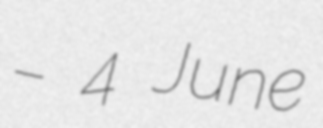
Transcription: – 4 June